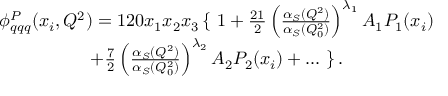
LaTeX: \begin{array} { c } { { \phi _ { q q q } ^ { P } ( x _ { i } , Q ^ { 2 } ) = 1 2 0 x _ { 1 } x _ { 2 } x _ { 3 } \left\{ \right. 1 + { \frac { 2 1 } { 2 } } \left( { \frac { \alpha _ { S } ( Q ^ { 2 } ) } { \alpha _ { S } ( Q _ { 0 } ^ { 2 } ) } } \right) ^ { \lambda _ { 1 } } A _ { 1 } P _ { 1 } ( x _ { i } ) } } \\ { { + { \frac { 7 } { 2 } } \left( { \frac { \alpha _ { S } ( Q ^ { 2 } ) } { \alpha _ { S } ( Q _ { 0 } ^ { 2 } ) } } \right) ^ { \lambda _ { 2 } } A _ { 2 } P _ { 2 } ( x _ { i } ) + . . . \left. \right\} . } } \end{array}